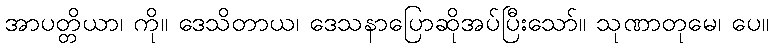
အာပတ္တိယာ၊ ကို။ ဒေသိတာယ၊ ဒေသနာပြောဆိုအပ်ပြီးသော်။ သုဏာတုမေ၊ ပေ။